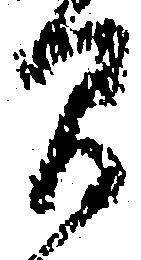
間